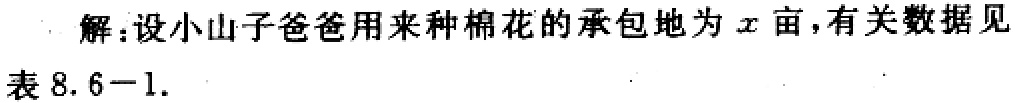
解：设小山子爸爸用来种棉花的承包地为\(x\)亩，有关数据见表8.6 - 1.